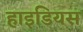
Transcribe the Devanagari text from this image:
हाइडियस